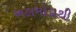
અલમોડાથી